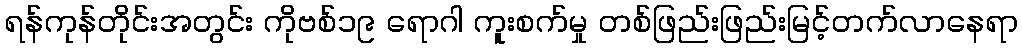
ရန်ကုန်တိုင်းအတွင်း ကိုဗစ်၁၉ ရောဂါ ကူးစက်မှု တစ်ဖြည်းဖြည်းမြင့်တက်လာနေရာ